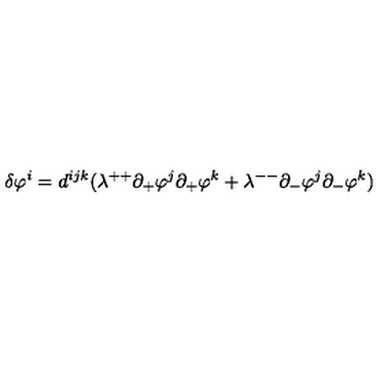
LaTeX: \delta \varphi ^ { i } = d ^ { i j k } ( \lambda ^ { + + } \partial _ { + } \varphi ^ { j } \partial _ { + } \varphi ^ { k } + \lambda ^ { -- } \partial _ { - } \varphi ^ { j } \partial _ { - } \varphi ^ { k } )